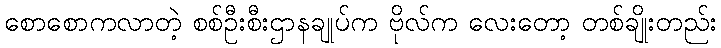
စောစောကလာတဲ့ စစ်ဦးစီးဌာနချုပ်က ဗိုလ်က လေးတော့ တစ်ချိုးတည်း